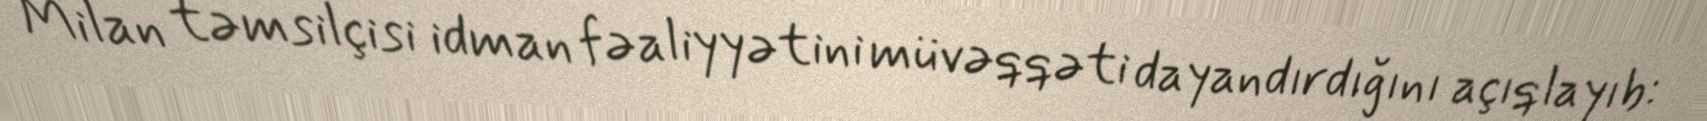
Milan təmsilçisi idman fəaliyyətini müvəqqəti dayandırdığını açıqlayıb: